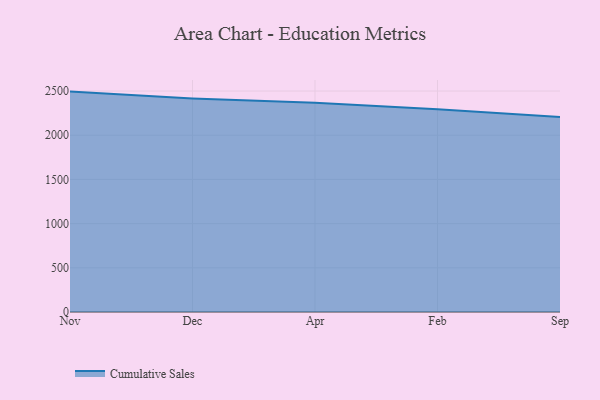
{"axis": {"x": "Month", "y": "Energy Usage (MWh)"}, "legend": ["Cumulative Sales"], "data": [{"x": "Nov", "y": 2493.7, "type": "Cumulative Sales"}, {"x": "Dec", "y": 2416.1, "type": "Cumulative Sales"}, {"x": "Apr", "y": 2367.7, "type": "Cumulative Sales"}, {"x": "Feb", "y": 2294.5, "type": "Cumulative Sales"}, {"x": "Sep", "y": 2206.2, "type": "Cumulative Sales"}]}